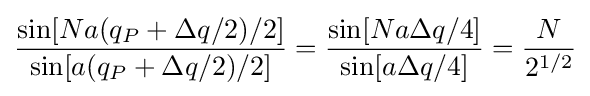
{\frac {\sin[Na(q_{P}+\Delta q/2)/2]}{\sin[a(q_{P}+\Delta q/2)/2]}}={\frac {\sin[Na\Delta q/4]}{\sin[a\Delta q/4]}}={\frac {N}{2^{1/2}}}